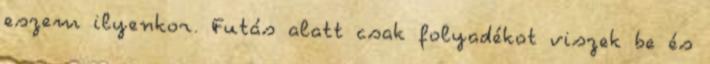
eszem ilyenkor. Futás alatt csak folyadékot viszek be és